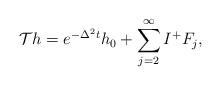
LaTeX: \begin{align*}\mathcal{T}h=e^{-\Delta^{2}t}h_{0}+\sum_{j=2}^{\infty}I^{+}F_{j},\end{align*}